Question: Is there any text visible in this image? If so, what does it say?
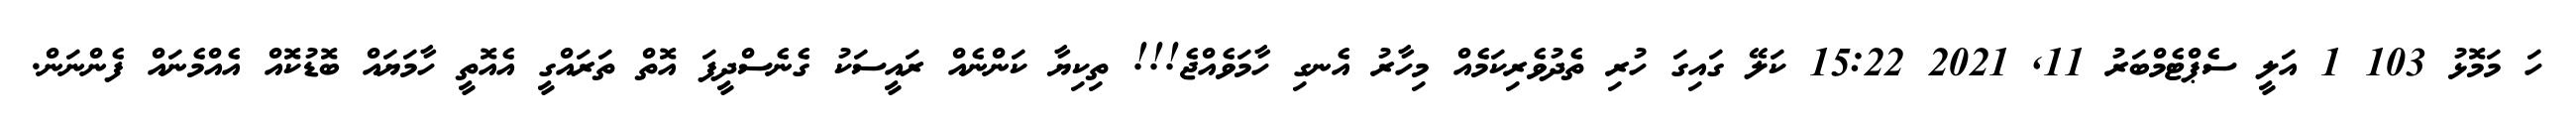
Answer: ހަ މަމޮޅު 103 1 އަލީ ސެޕްޓެމްބަރު 11, 2021 15:22 ކަލޭ ގައިގަ ހުރި ތެދުވެރިކަމެއް މިހާރު އެނގި ހާމަވެއްޖެ!!! ތިކިޔާ ކަންނެއް ރައީސަކު ގެނެސްދީފަ އޮތް ތަރައްގީ އެއޮތީ ހާމަޔައް ބޮޑުކޮއް އެއްމެނައް ފެންނަން.